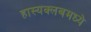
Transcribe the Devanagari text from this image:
हास्यक्लबमध्ये